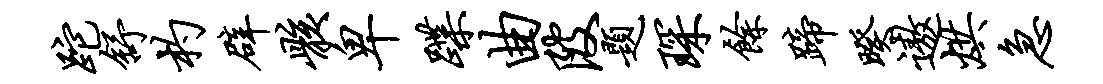
跎舒杓辟骸卑蹀曲陂题琛余蹄暌遨烘急